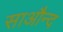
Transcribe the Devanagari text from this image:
साऔन्द